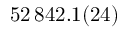
5 2 \, 8 4 2 . 1 ( 2 4 )